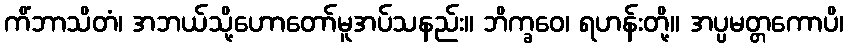
ကိံဘာသိတံ၊ အဘယ်သို့ဟောတော်မူအပ်သနည်း။ ဘိက္ခဝေ၊ ရဟန်းတို့။ အပ္ပမတ္တကောပိ၊